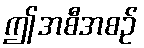
ဤအစီအစဉ်